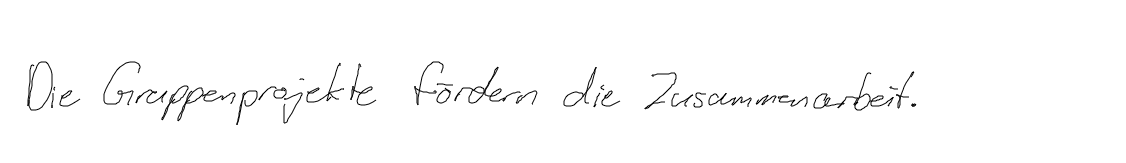
Die Gruppenprojekte fördern die Zusammenarbeit.